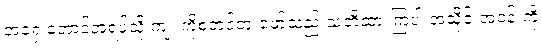
အရှေ့တောင်အရပ်သို့ ကျုံးကိုစတင်တူးဖော်သည် သတိထားကြပါ အသိုင်းအဝန်းကို